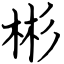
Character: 彬